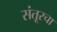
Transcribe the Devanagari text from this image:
संतूरचा